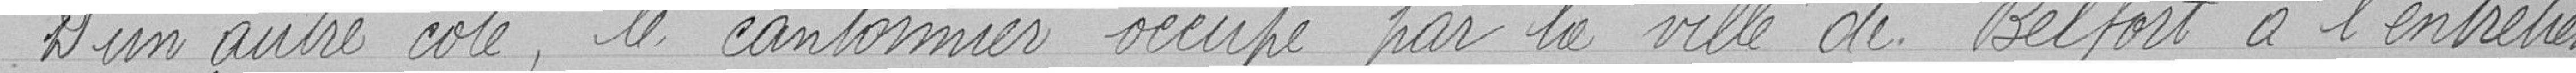
D'un autre côté, le cantonnier occupé par la ville de Belfort à l'entretien